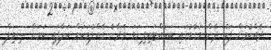
ދެއްކުމަށް ފަހު ދެން މަގާމުގައި ބަހައްޓައިފިނަމަ ވެދާނެ ގެއްލުމަކަށް ބަލާފައި ކަމަށް ސިވިލް